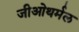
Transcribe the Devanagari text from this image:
जीओथर्मल